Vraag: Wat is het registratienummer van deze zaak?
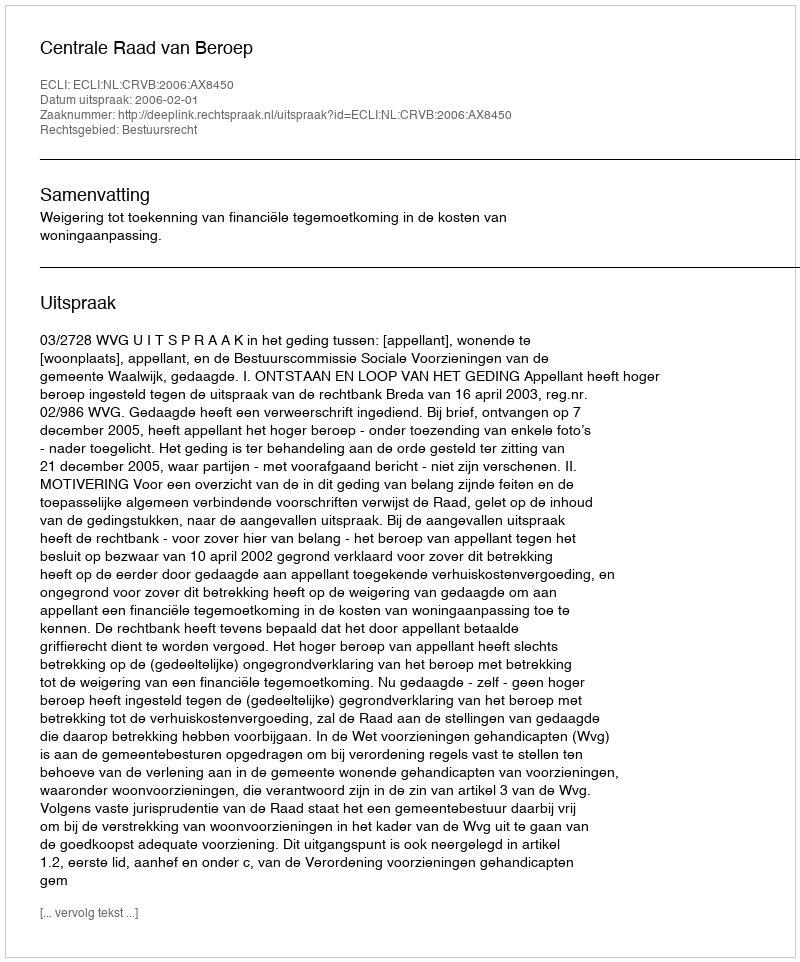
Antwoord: http://deeplink.rechtspraak.nl/uitspraak?id=ECLI:NL:CRVB:2006:AX8450